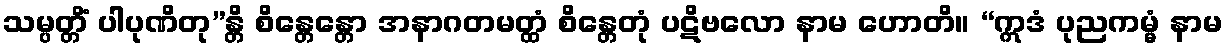
သမ္ပတ္တိံ ပါပုဏိတု”န္တိ စိန္တေန္တော အနာဂတမတ္ထံ စိန္တေတုံ ပဋိဗလော နာမ ဟောတိ။ “ဣဒံ ပုညကမ္မံ နာမ